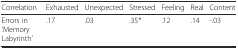
| Correlation | Exhausted | Unexpected | Stressed | Feeling | Real | Content |
 | --- | --- | --- | --- | --- | --- | --- |
 | Errors in ‘Memory Labyrinth’ | .17 | .03 | .35* | .12 | .14 | -.03 |